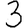
Digit: 3